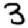
Digit: 3